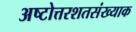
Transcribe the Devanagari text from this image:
अष्टोत्तरशतसंख्याक